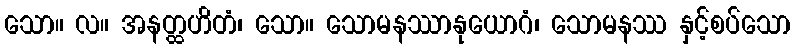
သော။ လ။ အနတ္ထဟိတံ၊ သော။ သောမနဿာနုယောဂံ၊ သောမနဿ နှင့်စပ်သော